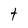
Character: t